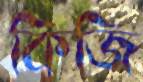
কিজি